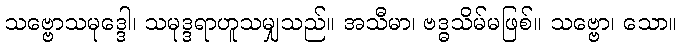
သဗ္ဗောသမုဒ္ဒေါ၊ သမုဒ္ဒရာဟူသမျှသည်။ အသီမာ၊ ဗဒ္ဓသိမ်မဖြစ်။ သဗ္ဗော၊ သော။